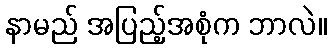
နာမည် အပြည့်အစုံက ဘာလဲ။